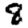
Digit: 8